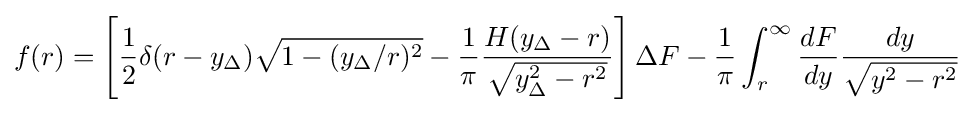
f(r)=\left[{\frac {1}{2}}\delta (r-y_{\Delta }){\sqrt {1-(y_{\Delta }/r)^{2}}}-{\frac {1}{\pi }}{\frac {H(y_{\Delta }-r)}{\sqrt {y_{\Delta }^{2}-r^{2}}}}\right]\Delta F-{\frac {1}{\pi }}\int _{r}^{\infty }{\frac {dF}{dy}}{\frac {dy}{\sqrt {y^{2}-r^{2}}}}